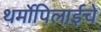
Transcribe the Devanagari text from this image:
थर्मोपिलाईचे